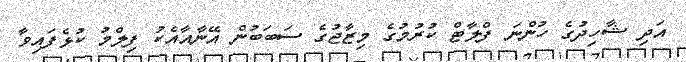
އަދި ޝާހިދުގެ ހުންނަ ފްލާޓް ކުރުމުގެ މިޒާޖުގެ ސަބަބުން އޭނާއާއެކު ފިލްމު ކުޅެފައިވާ